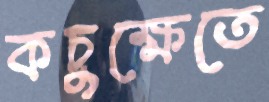
কচুক্ষেতে